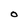
Character: O